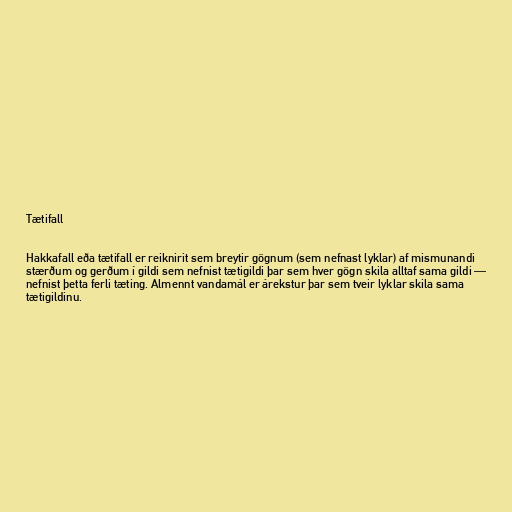
Tætifall

Hakkafall eða tætifall er reiknirit sem breytir gögnum (sem nefnast lyklar) af mismunandi
stærðum og gerðum í gildi sem nefnist tætigildi þar sem hver gögn skila alltaf sama gildi —
nefnist þetta ferli tæting. Almennt vandamál er árekstur þar sem tveir lyklar skila sama
tætigildinu.